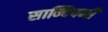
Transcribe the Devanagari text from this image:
सान्दिपनी